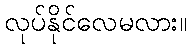
လုပ်နိုင်လေမလား။